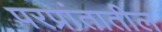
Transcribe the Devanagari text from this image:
परप्रांतातील